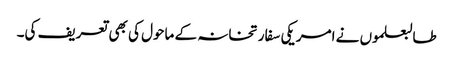
طالبعلموں نے امریکی سفارتخانہ کے ماحول کی بھی تعریف کی۔